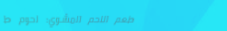
مطعم اللحم المشوي: لحوم ط